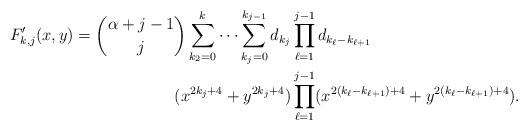
LaTeX: \begin{align*}F'_{k,j}(x,y)={\alpha+j-1 \choose j}\sum_{k_2=0}^{k}\dots \sum_{k_{j}=0}^{k_{j-1}} d_{k_j} &\prod_{\ell = 1}^{j-1} d_{k_{\ell}-k_{\ell+1}} \\ (x^{2k_j+4}+y^{2k_j+4}) &\prod_{\ell = 1}^{j-1} (x^{2(k_{\ell}-k_{\ell+1})+4}+y^{2(k_{\ell}-k_{\ell+1})+4}). \end{align*}